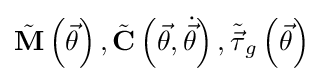
{\tilde {\mathbf {M} }}\left({\vec {\theta }}\right),{\tilde {\mathbf {C} }}\left({\vec {\theta }},{\dot {\vec {\theta }}}\right),{\tilde {\vec {\tau }}}_{g}\left({\vec {\theta }}\right)